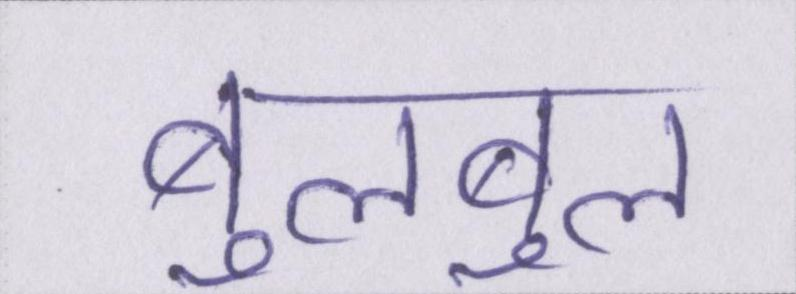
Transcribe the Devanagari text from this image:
बुलबुल